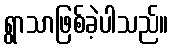
ရွာသာဖြစ်ခဲ့ပါသည်။